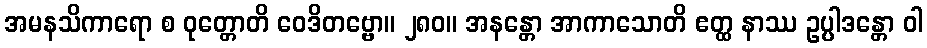
အမနသိကာရော စ ဝုတ္တောတိ ဝေဒိတဗ္ဗော။ ၂၈၀။ အနန္တော အာကာသောတိ ဧတ္ထ နာဿ ဥပ္ပါဒန္တော ဝါ